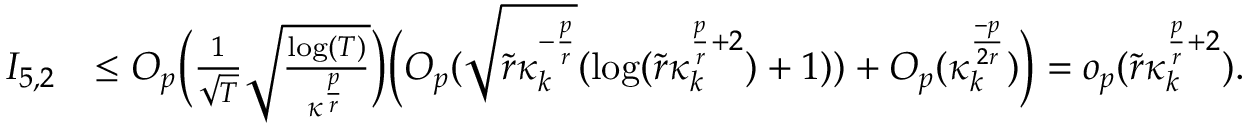
\begin{array} { r l } { I _ { 5 , 2 } } & { \le O _ { p } \Big ( \frac { 1 } { \sqrt { T } } \sqrt { \frac { \log ( T ) } { \kappa ^ { \frac { p } { r } } } } \Big ) \Big ( O _ { p } ( \sqrt { \widetilde { r } \kappa _ { k } ^ { - \frac { p } { r } } } ( \log ( \widetilde { r } \kappa _ { k } ^ { \frac { p } { r } + 2 } ) + 1 ) ) + O _ { p } ( \kappa _ { k } ^ { \frac { - p } { 2 r } } ) \Big ) = o _ { p } ( \widetilde { r } \kappa _ { k } ^ { \frac { p } { r } + 2 } ) . } \end{array}